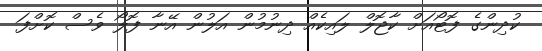
ކުދިންގެ ފޮޓޯއަށް ކާޖޮލް ލައިކެއް ދިނުމުން އަލުން އޭނާ ފޮލޯ ވެސް ކޮށްފަ